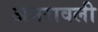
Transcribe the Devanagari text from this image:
अमरावली